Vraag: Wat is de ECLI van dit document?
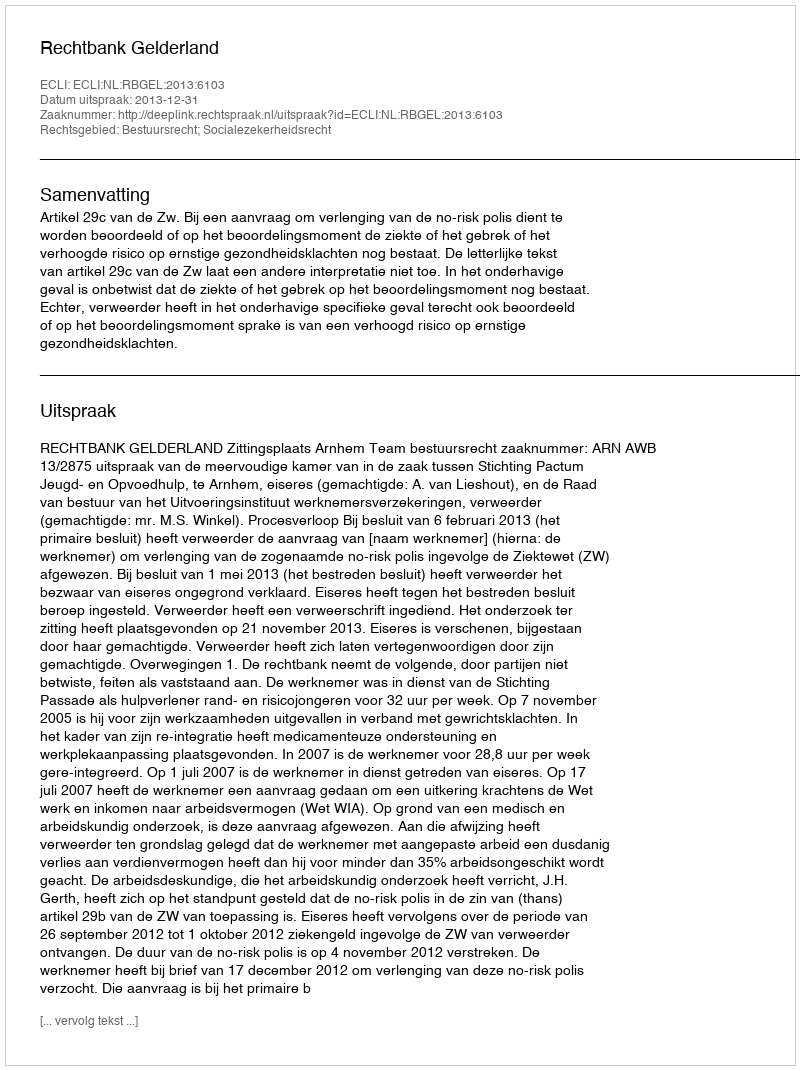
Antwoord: ECLI:NL:RBGEL:2013:6103